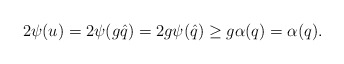
\begin{align*}2\psi(u) =2\psi(g \hat{q}) =2g \psi(\hat{q}) \ge g \alpha(q)=\alpha(q). \end{align*}